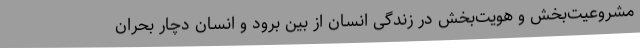
مشروعیت‌بخش و هویت‌بخش در زندگی انسان از بین برود و انسان دچار بحران